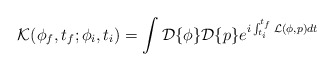
\begin{align*}{\cal K}(\phi_f, t_f;\phi_i, t_i) = \int{\cal D}\{\phi\}{\cal D}\{p\}e^{i\int^{t_f}_{t_i}{\cal L}(\phi, p)dt}\end{align*}